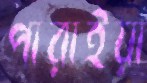
পারাইয়া